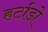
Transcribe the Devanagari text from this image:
हर्टाडो